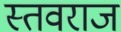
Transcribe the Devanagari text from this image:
स्तवराज